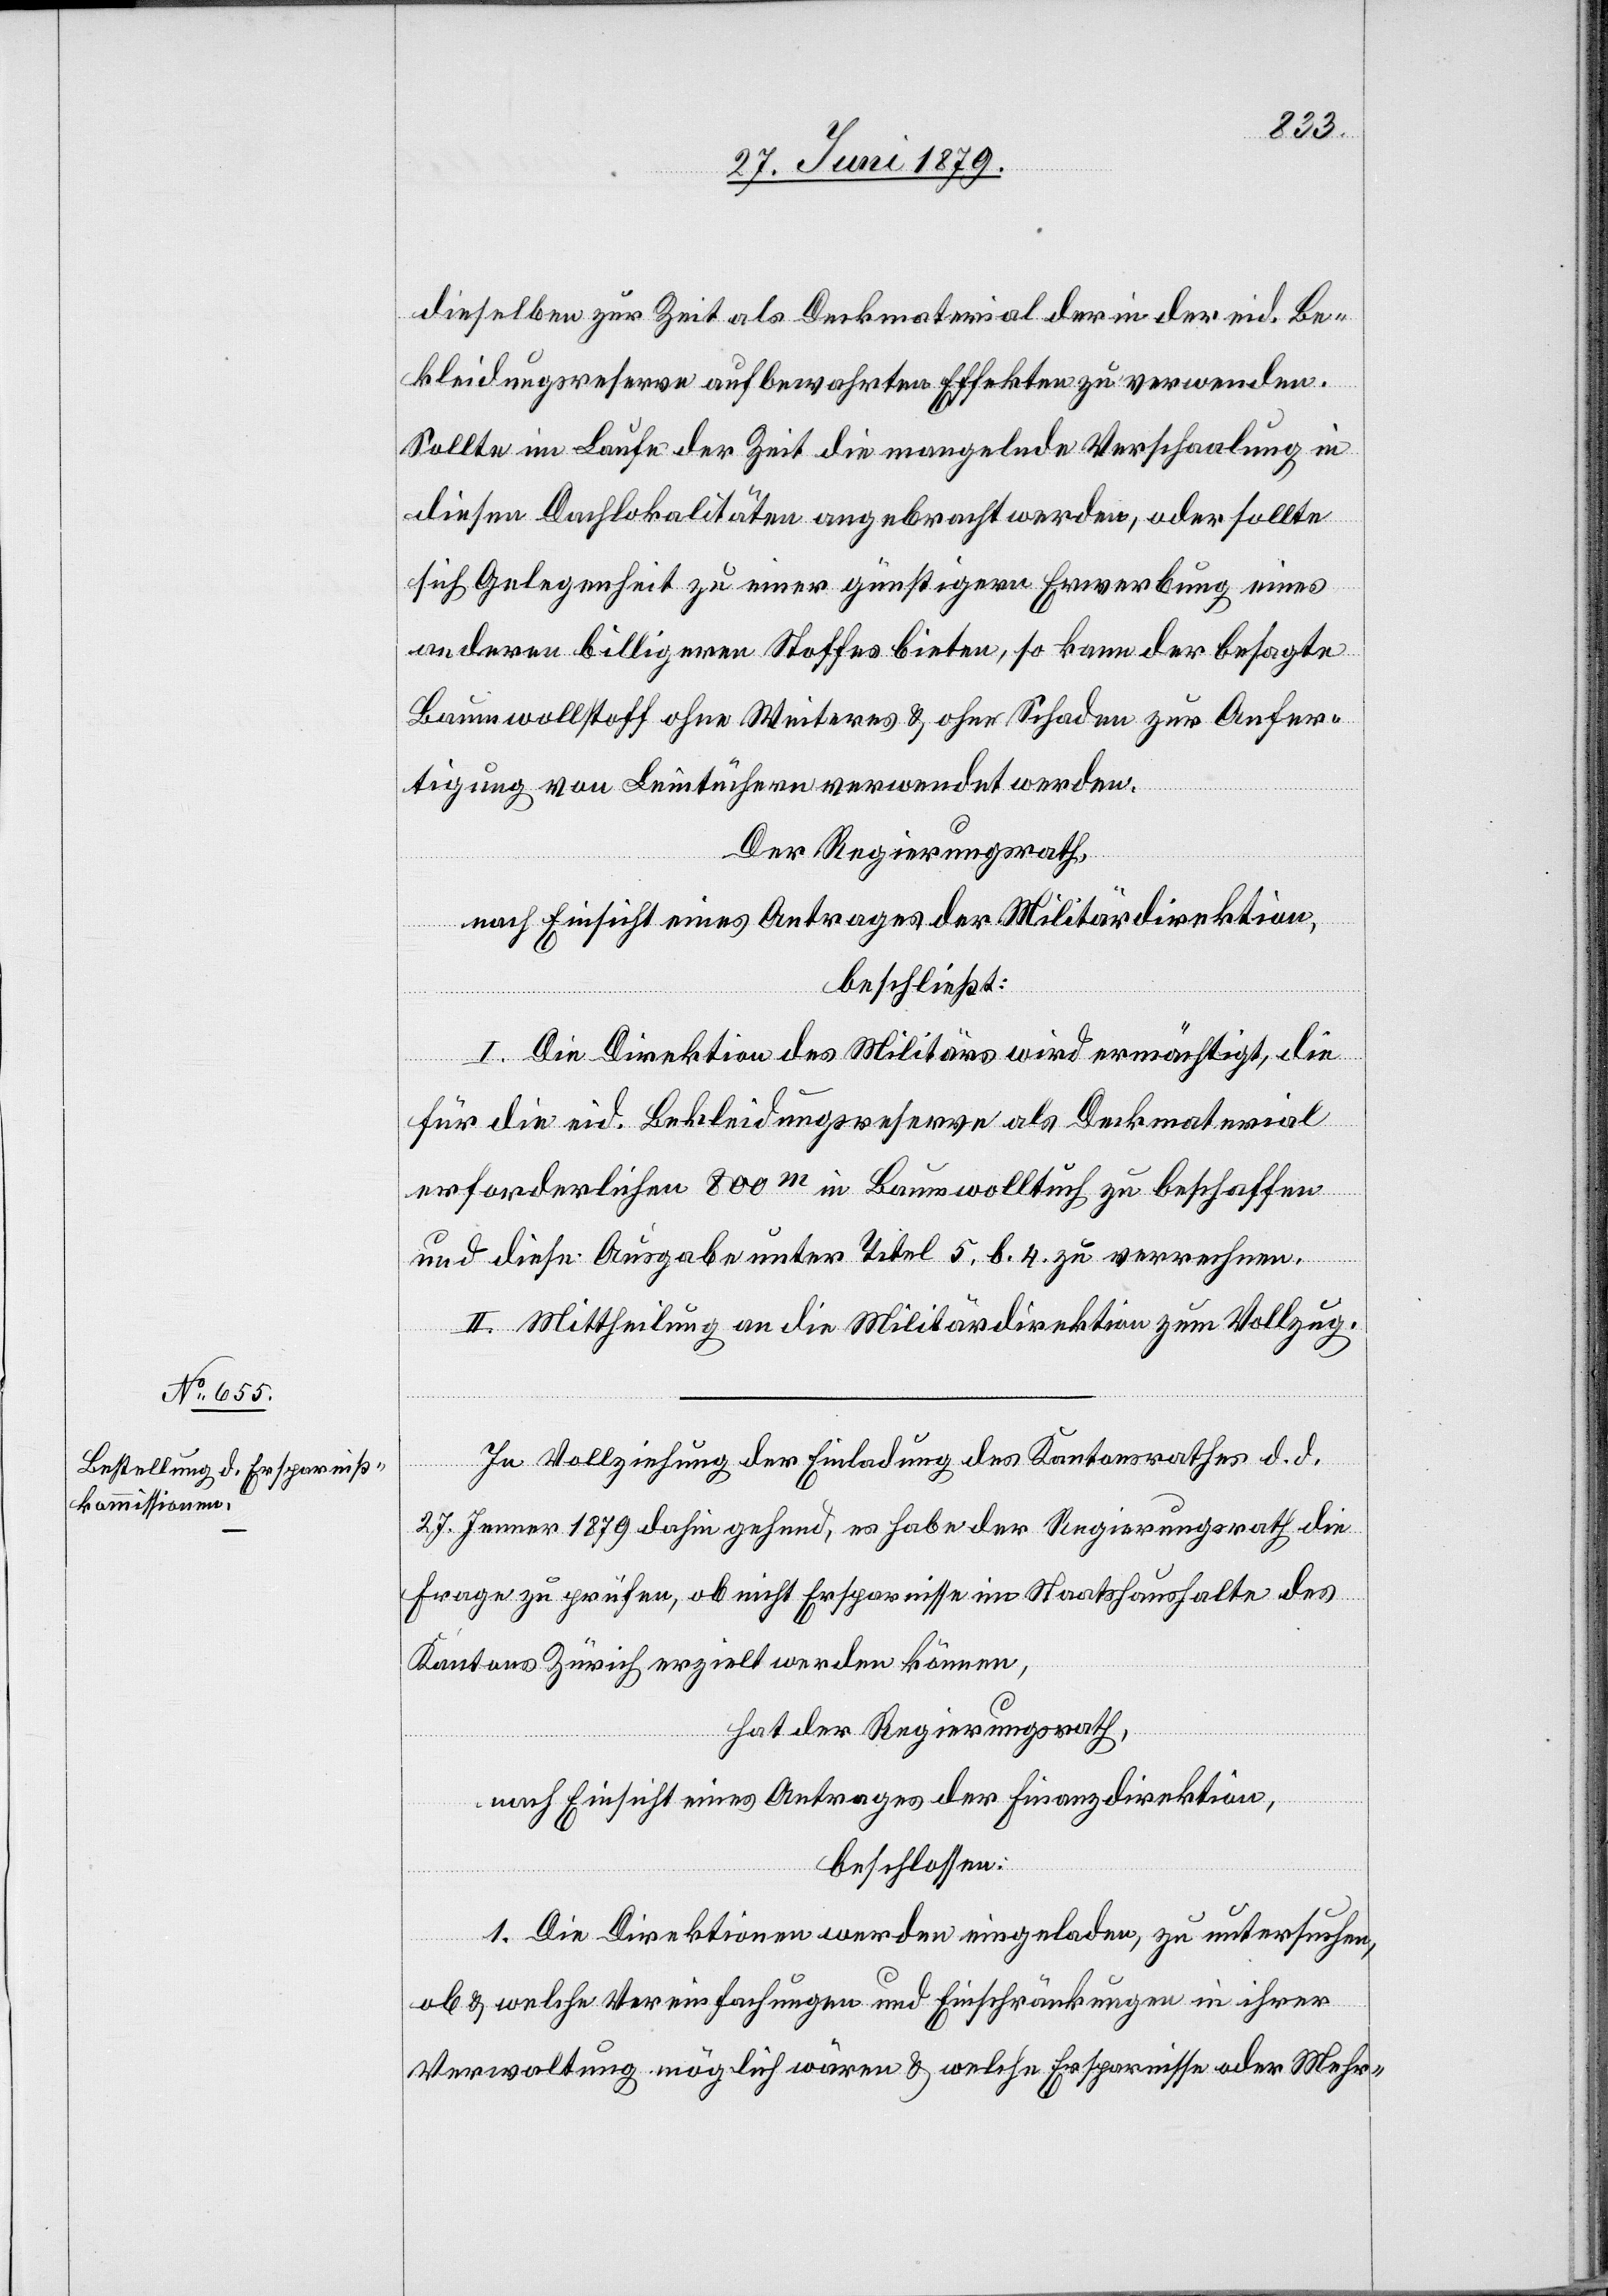
dieselben zur Zeit als Deckmaterial der in der eid. Be¬
kleidungsreserve aufbewahrten Effekten zu verwenden.
Sollte im Laufe der Zeit die mangelnde Verschaalung in
diesen Dachlokalitäten angebracht werden, oder sollte
sich Gelegenheit zu einer günstigern Erwerbung eines
anderen billigeren Stoffes bieten, so kann der besagte
Baumwollstoff ohne Weiteres & ohne Schaden zur Anfer¬
tigung von Leintüchern verwendet werden.
Der Regierungsrath,
nach Einsicht eines Antrages der Militärdirektion,
beschließt:
I. Die Direktion des Militärs wird ermächtigt, die
für die eid. Bekleidungsreserve als Deckmaterial
erforderlichen 800m in Baumwolltuch zu beschaffen
und diese Ausgabe unter Titel 5, b. 4. zu verrechnen.
II. Mittheilung an die Militärdirektion zum Vollzug.
In Vollziehung der Einladung des Kantonsrathes d. d.
27. Jenner 1879 dahin gehend, es habe der Regierungsrath die
Frage zu prüfen, ob nicht Ersparnisse im Staatshaushalte des
Kantons Zürich erzielt werden können,
hat der Regierungsrath,
nach Einsicht eines Antrages der Finanzdirektion,
beschlossen:
1. Die Direktionen werden eingeladen, zu untersuchen,
ob & welche Vereinfachungen und Einschränkungen in ihrer
Verwaltung möglich wären & welche Ersparnisse oder Mehr-